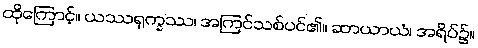
ထိုကြောင့်။ ယဿရုက္ခဿ၊ အကြင်သစ်ပင်၏။ ဆာယာယံ၊ အရိပ်၌။